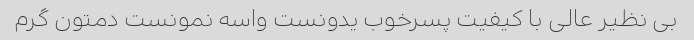
بی نظیر عالی با کیفیت پسرخوب یدونست واسه نمونست دمتون گرم